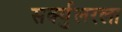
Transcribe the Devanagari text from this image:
सर्क्युलरला